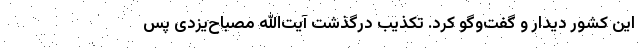
این کشور دیدار و گفت‌وگو کرد. تکذیب درگذشت آیت‌الله مصباح‌یزدی پس